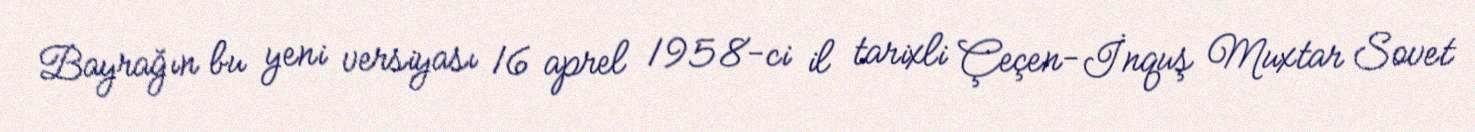
Bayrağın bu yeni versiyası 16 aprel 1958-ci il tarixli Çeçen-İnquş Muxtar Sovet